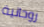
روحانية